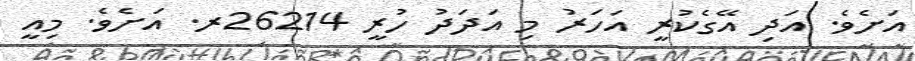
އަށެވެ. އަދި އޭގެކުރީ އަހަރު މި އަދަދު ހުރީ 26214ރ. އަށެވެ. މިއީ